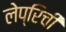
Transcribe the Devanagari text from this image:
लेप्रिची